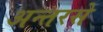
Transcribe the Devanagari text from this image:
अन्तरसे